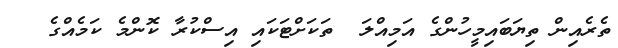
ތެރެއިން ތިޔަބައިމީހުންގެ އަމިއްލަ  ތަކަށްޓަކައި އިސްކުރާ ކޮންމެ ކަމެއްގެ